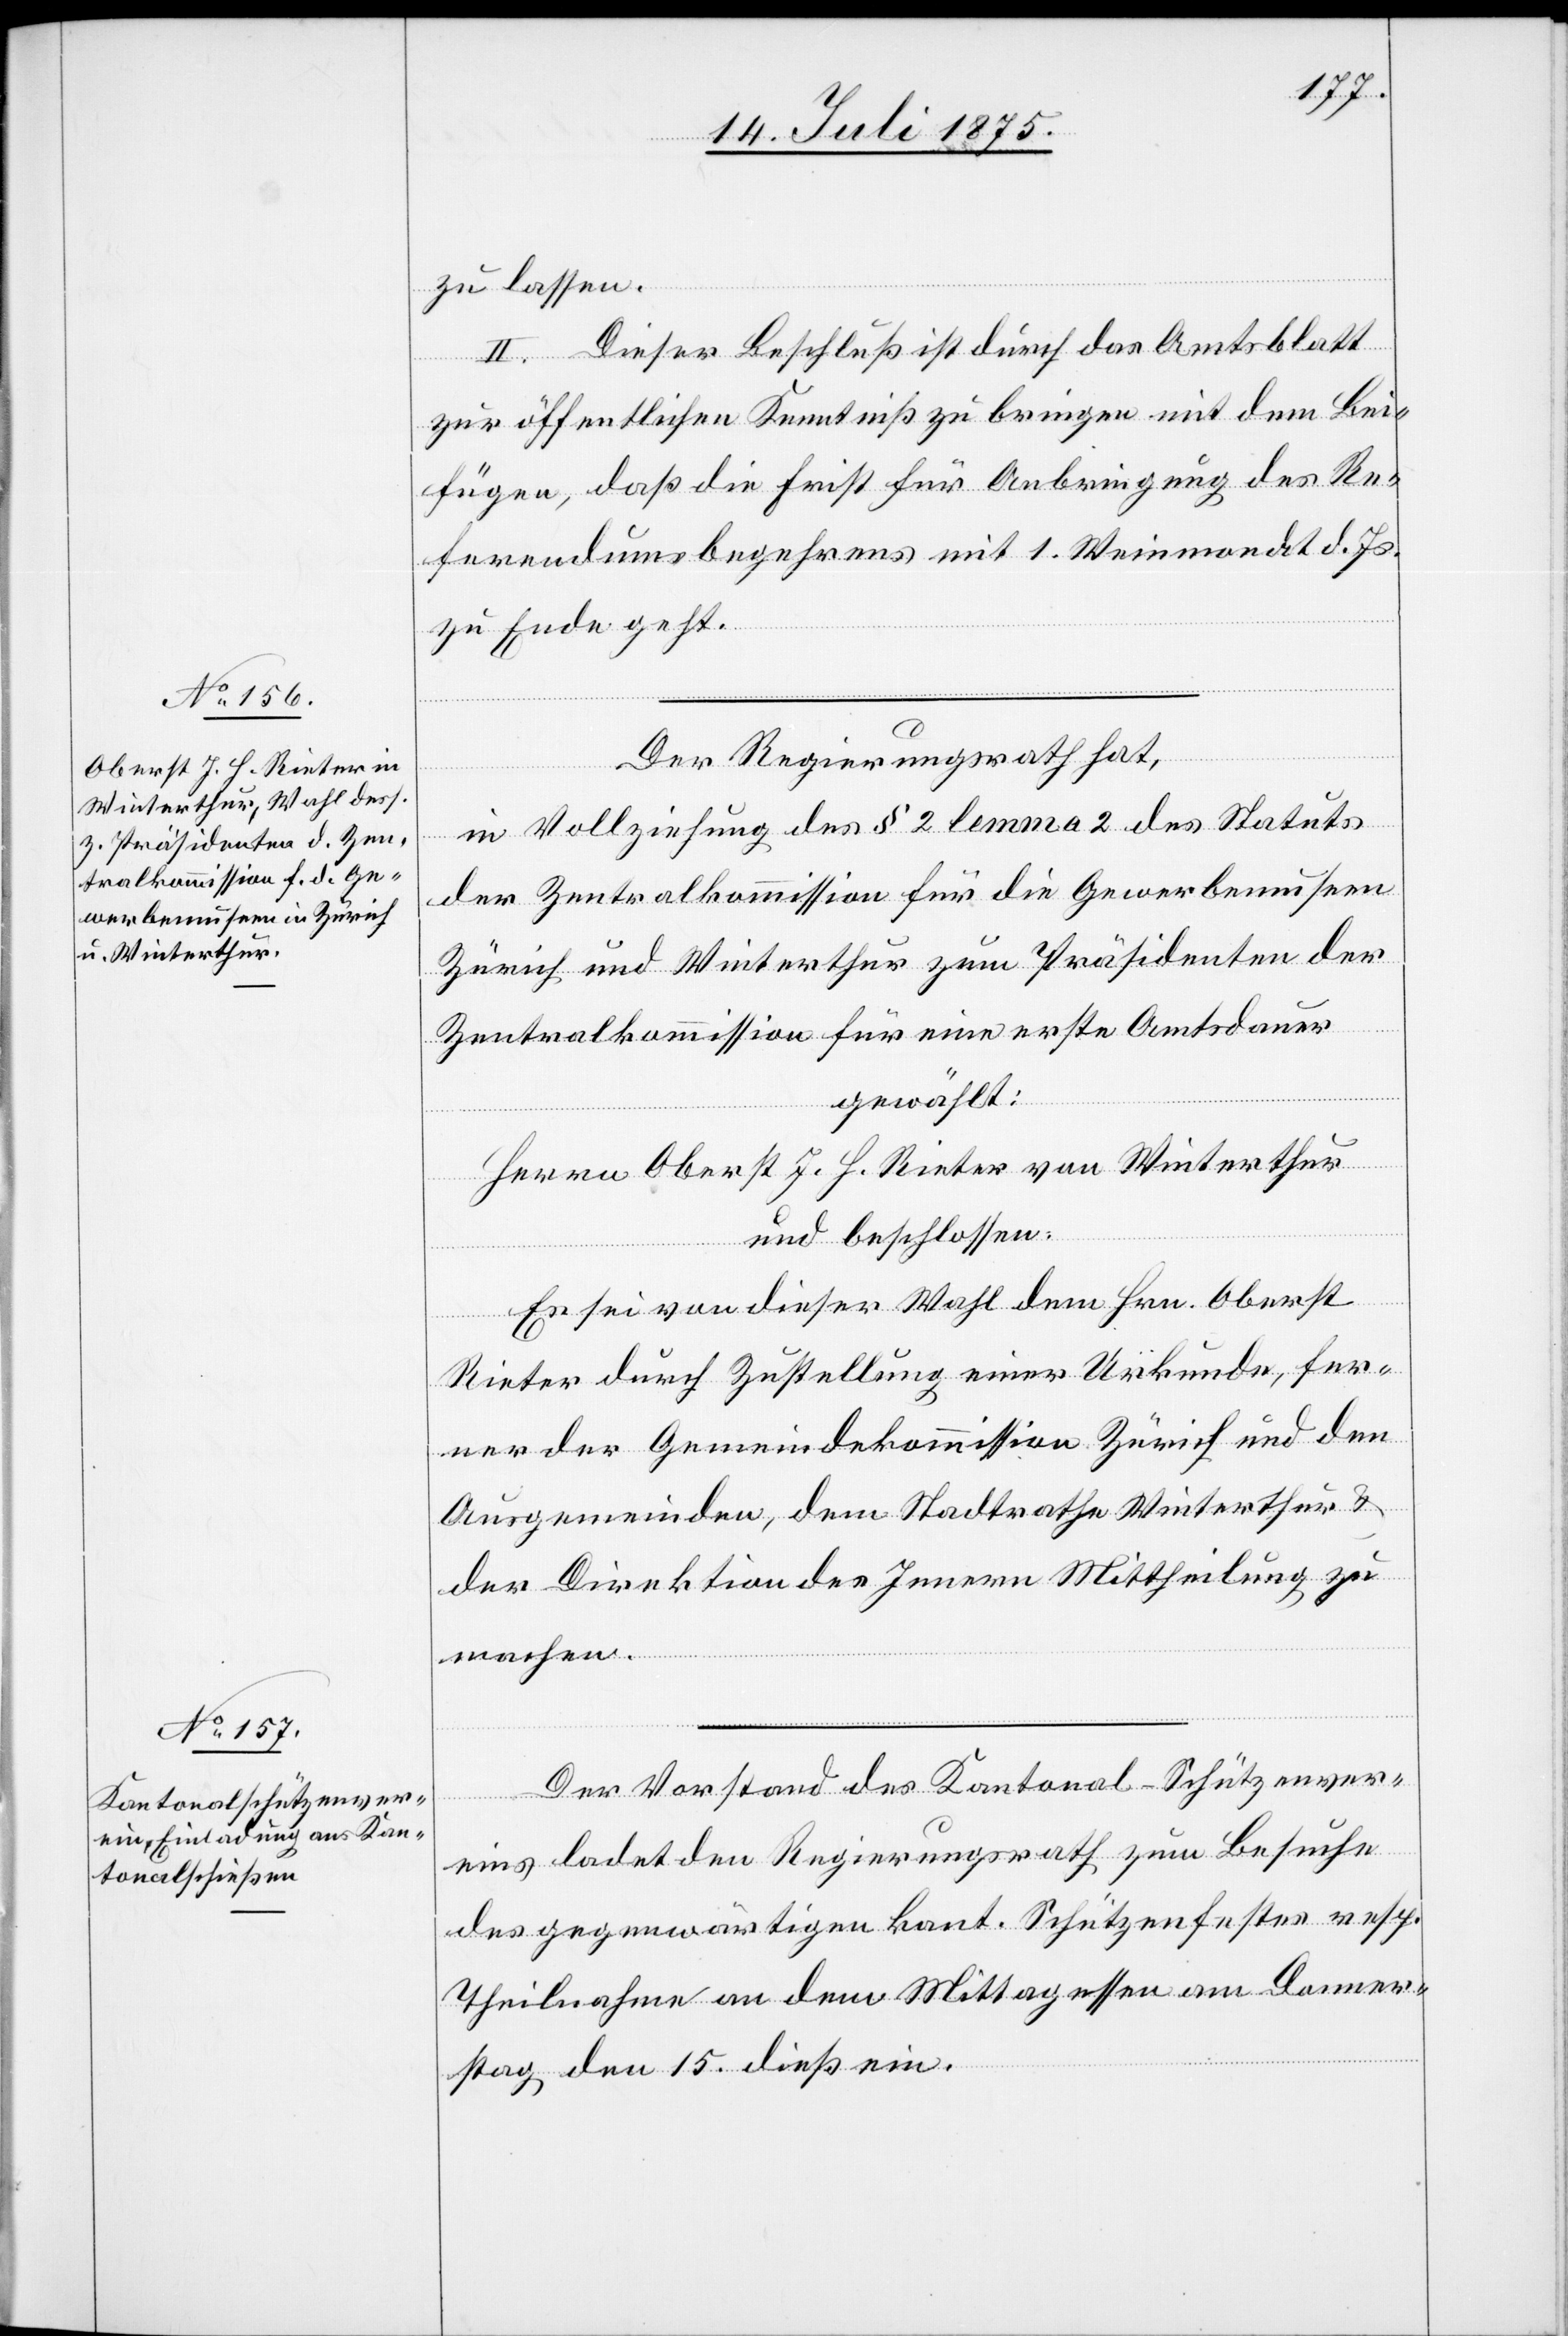
zu lassen.
II. Dieser Beschluß ist durch das Amtsblatt
zur öffentlichen Kenntniß zu bringen mit dem Bei¬
fügen, daß die Frist für Anbringung des Re¬
ferendumsbegehrens mit 1. Weinmonat d. Js.
zu Ende geht.
Der Regierungsrath hat,
in Vollziehung des § 2 lemma 2 des Statuts
der Zentralkommission für die Gewerbemuseen
Zürich und Winterthur zum Präsidenten der
Zentralkommission für eine erste Amtsdauer
gewählt:
Herrn Oberst J. H. Rieter von Winterthur
und beschlossen:
Es sei von dieser Wahl dem Hrn. Oberst
Rieter durch Zustellung einer Urkunde, fer¬
ner der Gemeindekommission Zürich und den
Ausgemeinden, dem Stadtrathe Winterthur &
der Direktion des Innern Mittheilung zu
machen.
Der Vorstand des Kantonal-Schützenver¬
eins ladet den Regierungsrath zum Besuche
des gegenwärtigen kant. Schützenfestes resp.
Theilnahme an dem Mittagessen am Donner¬
stag den 15. dieß ein.